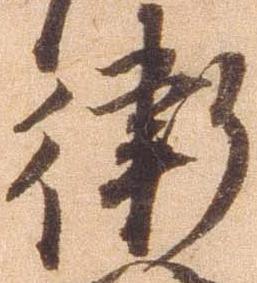
衛